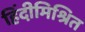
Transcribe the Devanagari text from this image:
हिंदीमिश्रित